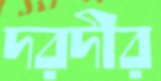
দরদীর